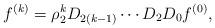
LaTeX: \begin{align*}f^{(k)}= \rho_2^k D_{2(k-1)}\cdots D_2 D_0 f^{(0)},\end{align*}